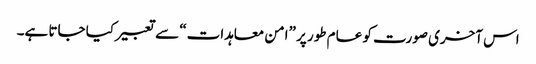
اس آخری صورت کو عام طور پر ”امن معاہدات“ سے تعبیر کیا جاتا ہے۔